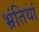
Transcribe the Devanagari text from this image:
भ्रंतियां